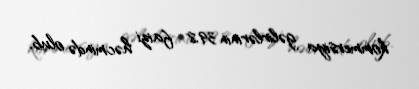
kommersiya gəlirlərinin 39,8 faizi həcmində olub.